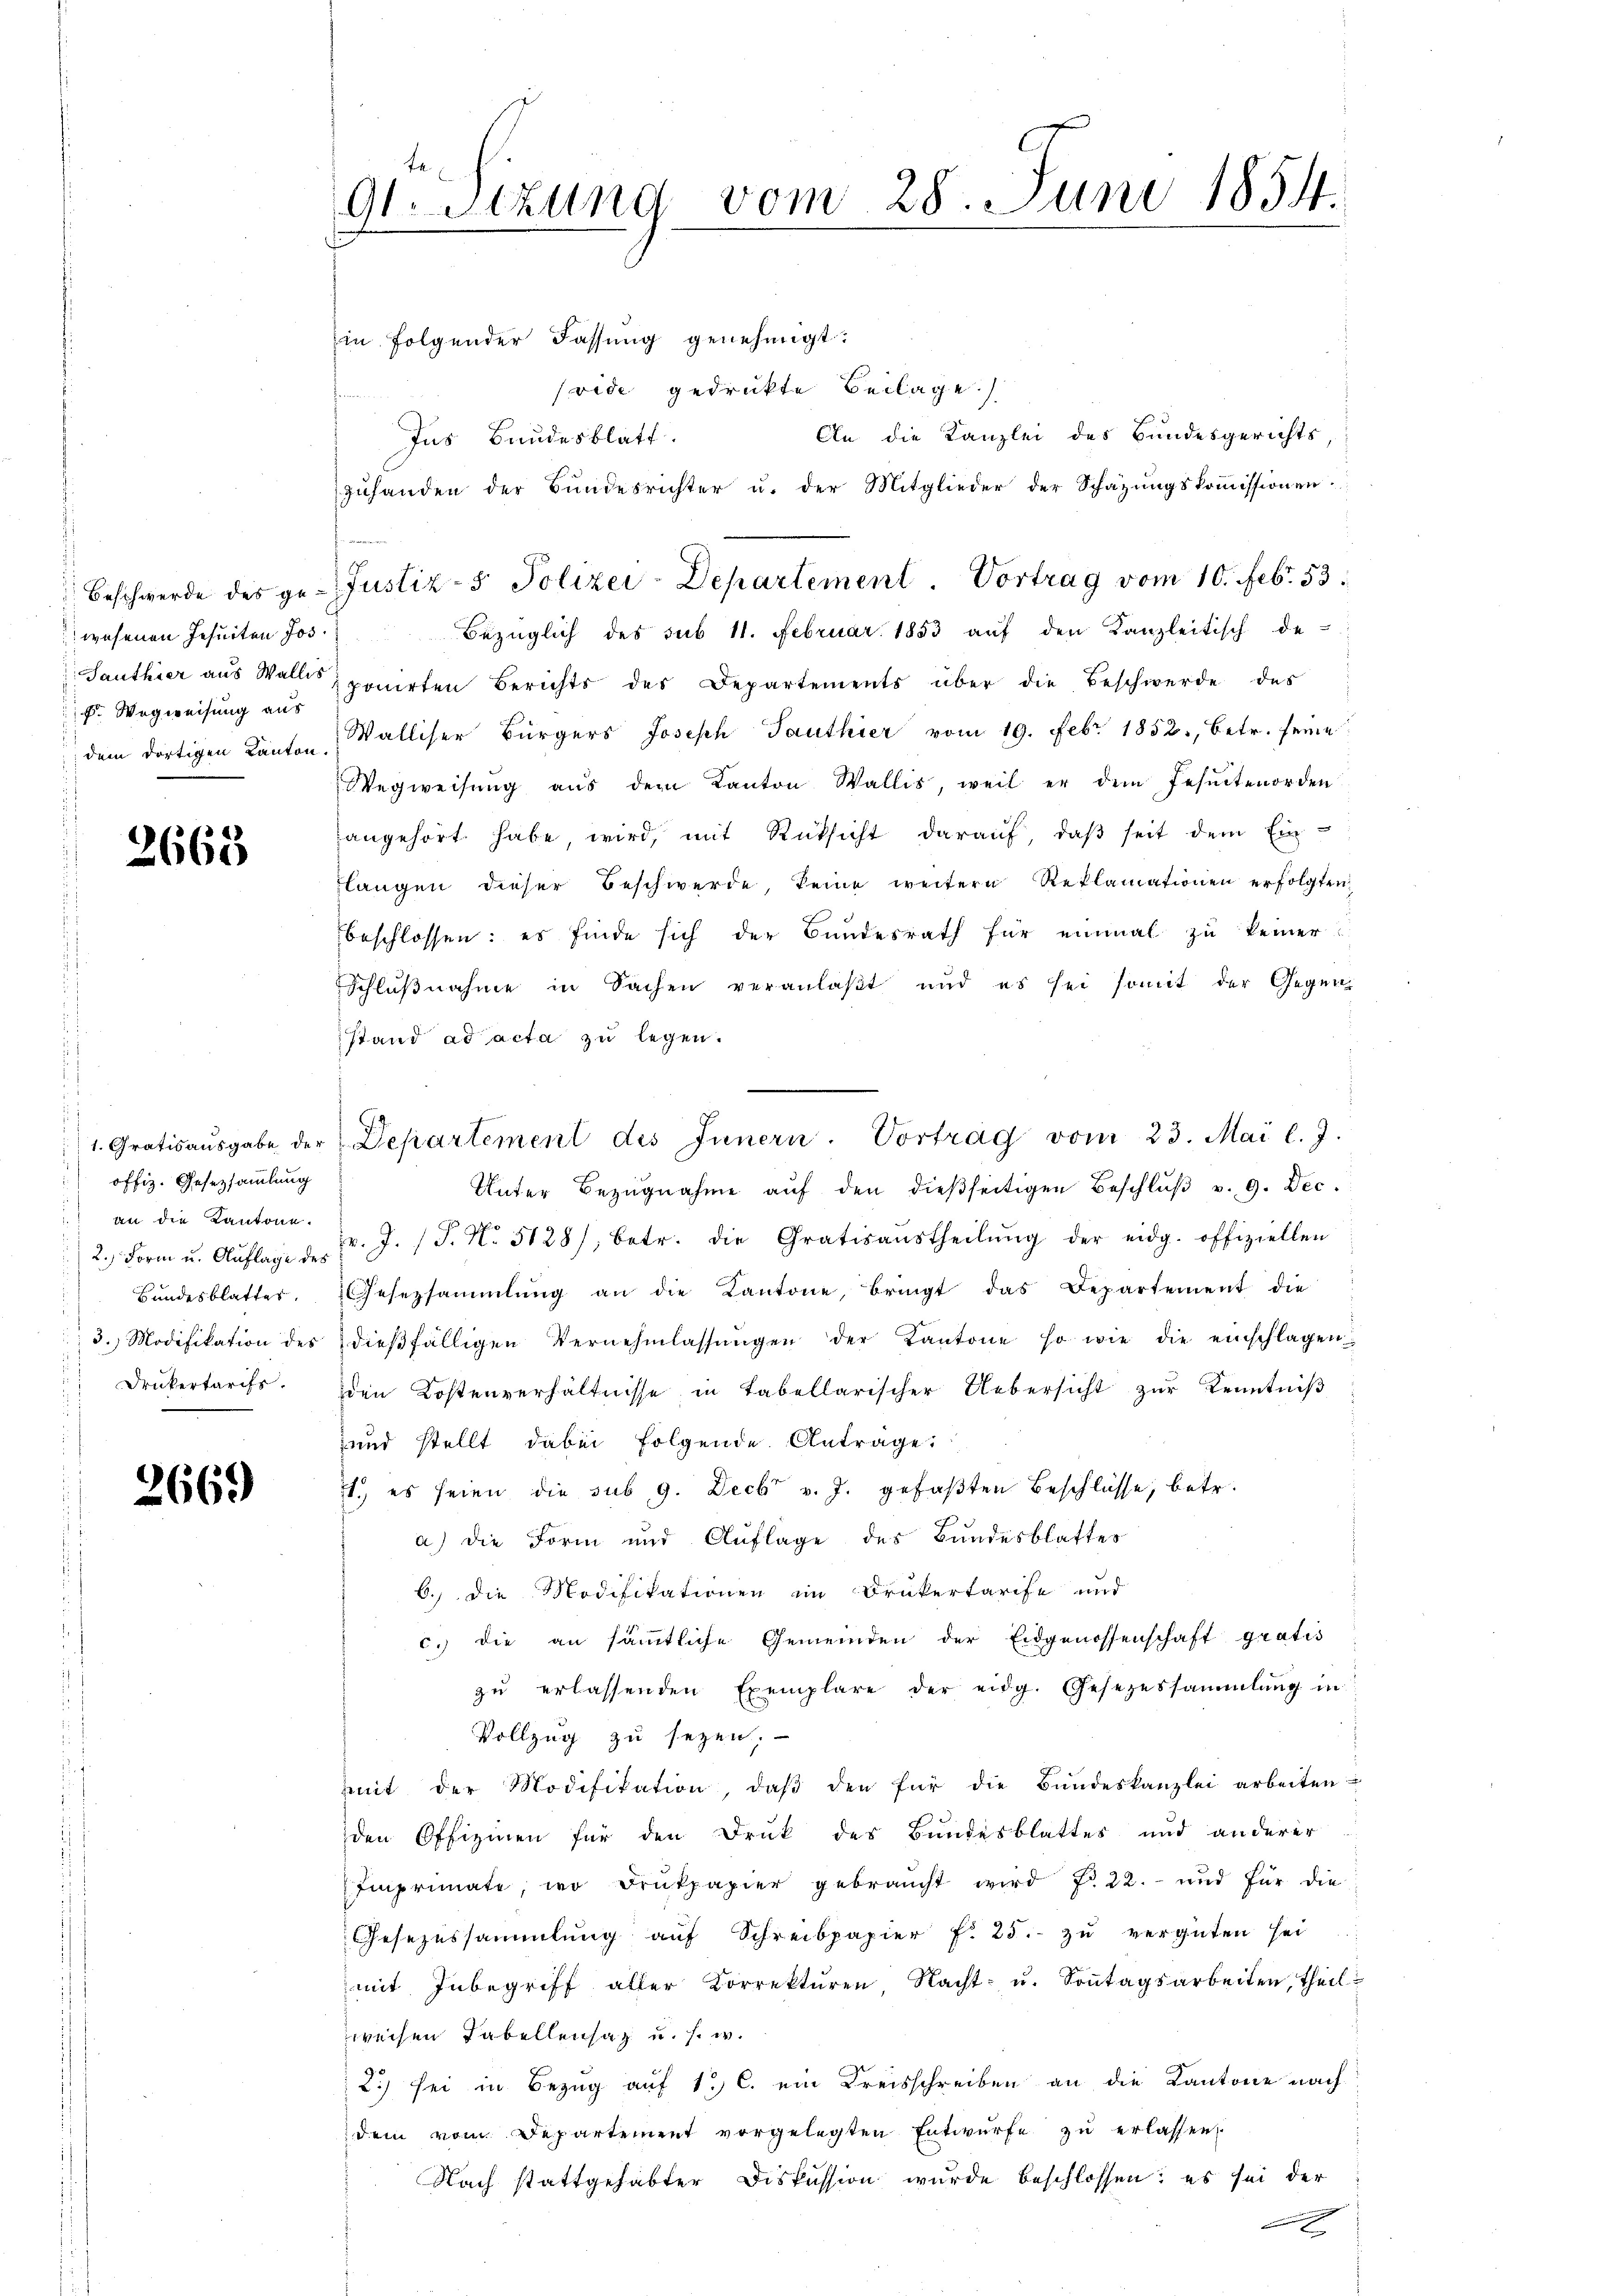
wesenen Jesuiten Jos.
E. Wegweisung aus

2663

offiz. Gesetzsammlung
an die Kantone.
Drukertarifs.

2669

91 Stund vom 28. Juni 1854.
n

in folgender Fassung genehmigt:
(vide gedrukte Beilage
An die Kanzlei des Bundesgerichts,
Ins Bundesblatt.
zŭhanden der Bundesrichter u. der Mitglieder der Schazungskoṁissionen
Bezüglich des sub 11. Februar 1853 aŭf den Kanzleitisch de
Sauthier aus Wall sponirten Berichts des Departements über die Beschwerde des
dem dortigen Kanton Walliser Bürgers Joseph Panthier vom 19. Febr. 1852, betr. seine
Wegweisŭng aŭs dem Kanton Wallis, weil er dem Jesuitenorden
angehört habe, wird, mit Rücksicht darauf, daß seit dem Ein
flangen dieser Beschwerde, keine weitern Reklamationen erfolgten
beschlossen: es finde sich der Bundesrath für einmal zu keiner
Schlußnahme in Sachen veranlaßt und es sei somit der Gegen-
stand ad acta zu legen.
Unter Bezŭgnahme aŭf den dießseitigen Beschlŭβ v. 9. Dec.
2. Form u. Aŭflage der Fr. J. (T. No 5128/, betr. die Gratisaŭstheilŭng der eidg. offiziellen
Bŭndesblatter, Gesetzsammlung an die Kantone, bringt das Departement die
3. Modifikation des dieβfälligen Vernehmlassŭngen der Kantone so wie die einschlagen
den Kostenverhältnisse in tabellarischer Uebersicht zur Kenntniß
und stellt dabei folgende Antrage:
1.) es seien die sub 9. Decbr v. J. gefaßten Beschlüsse, betr.
a) die Form und Auflage des Bundesblattes
6.) Die Modifikationen im Drukertarife und
c. die an sämtliche Gemeinden der Eidgenossenschaft gratis
zŭ erlassenden Exemplare der eidg. Gesezessammlung in
Vollzug zu seyen,
mit der Modifikation, daβ den für die Bŭndeskanzlei arbeiten
den Offizinen für den Druk des Bundesblattes und anderer
Imprimate, wo Drŭkpapier gebraucht wird No 22. und für die
Gesezessammlung aŭf Schreibpapier f. 25. zŭ vergüten sei
mit Inbegriff aller Korrektŭren, Nacht- u. Soṅtagsarbeiten, theil
weisen Fabellensaz u. s. w.
2.) sei in Bezug auf 1. C. ein Kreisschreiben an die Kantone nach
dem vom Departement vorgelegten Entwürfe zu erlassen.
Nach stattgehabter Diskussion wurde beschlossen; es sei der
x

Beschwerde des ge- Justiz- & Polizei-Departement. Vortrag vom 10. Febr. 53.

1. Gratis aŭsgabe der Departement des Innern. Vortrag vom 23. Mai l. J.